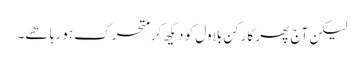
لیکن آج پھر کارکن بلاول کو دیکھ کر متحرک ہو رہا ھے۔